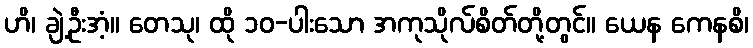
ဟိ၊ ချဲ့ဦးအံ့။ တေသု၊ ထို ၁၀-ပါးသော အကုသိုလ်စိတ်တို့တွင်။ ယေန ကေနစိ၊